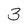
Character: 3